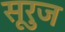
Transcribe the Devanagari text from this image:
सूरुज